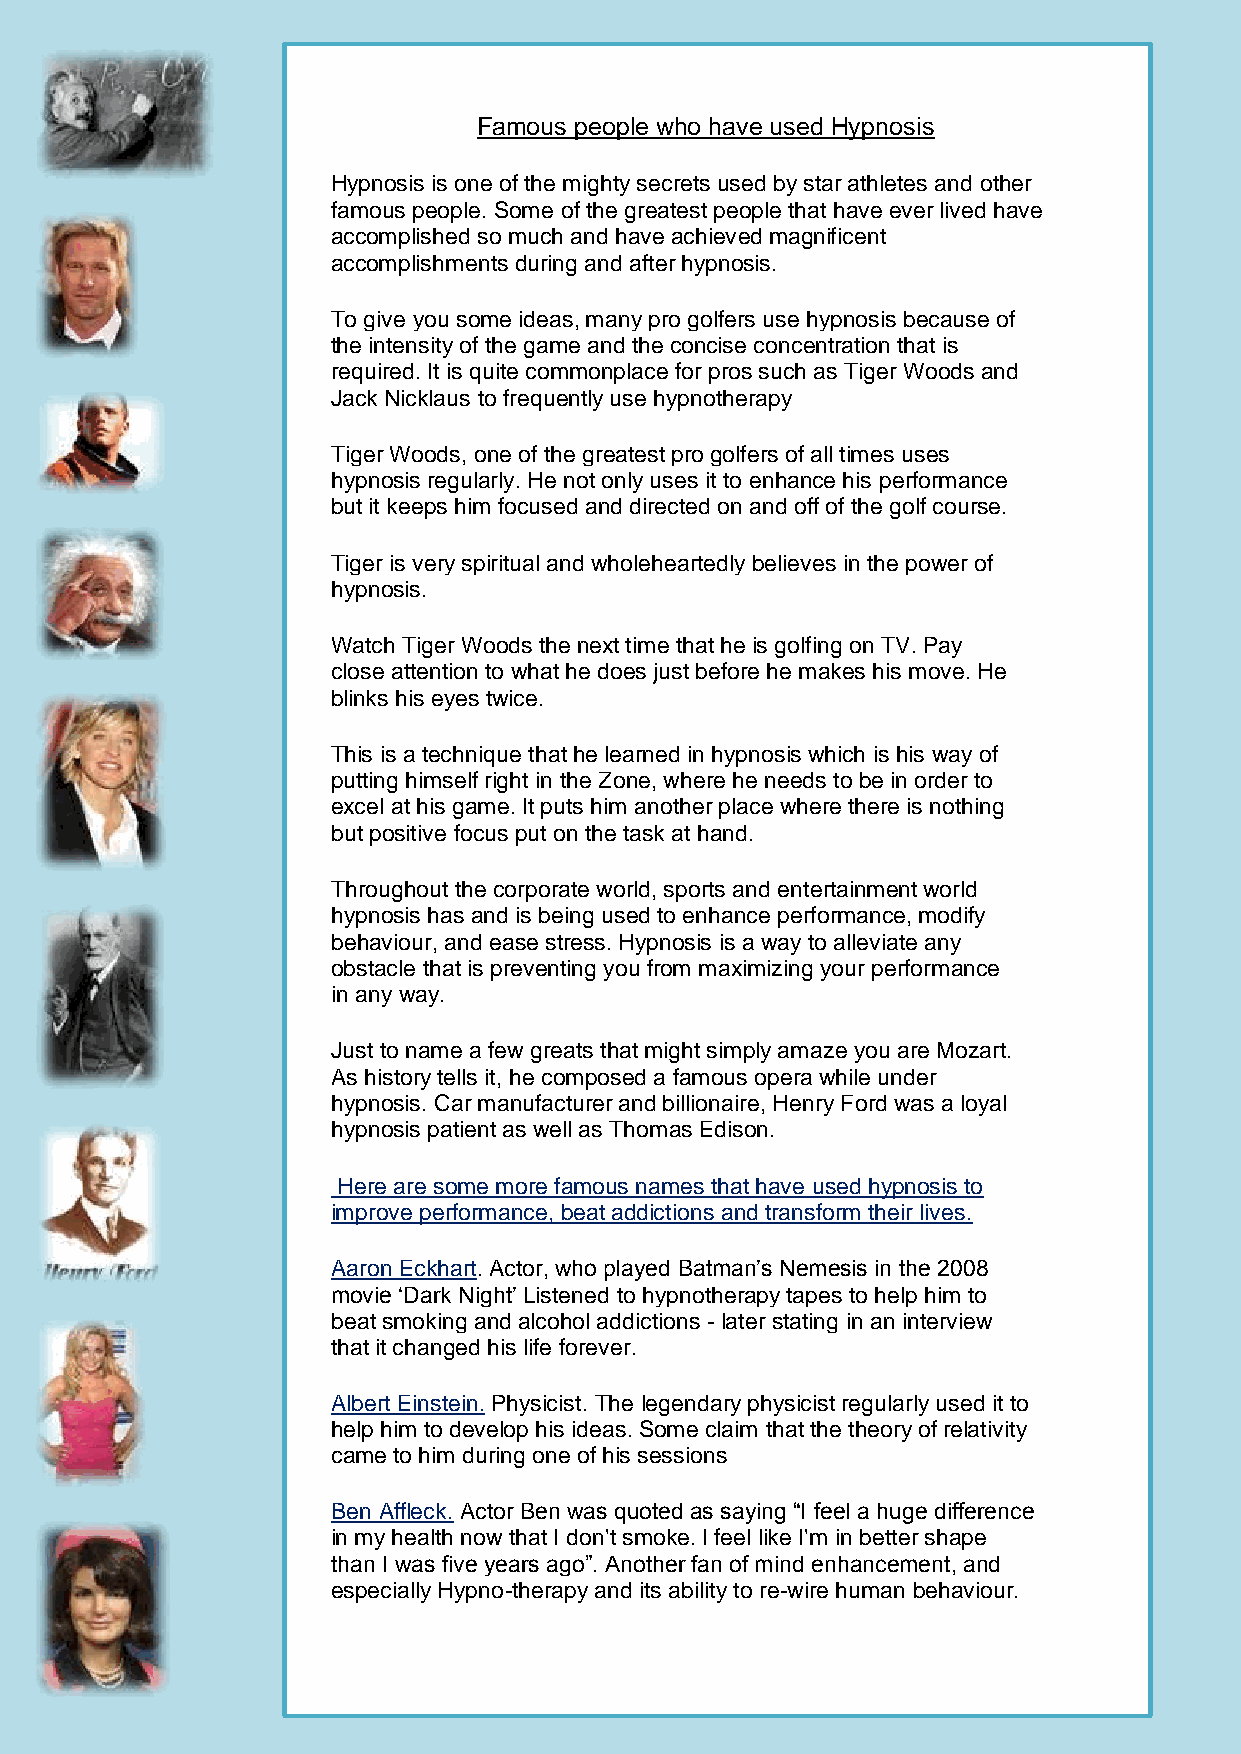
Famous people who have used Hypnosis
 Hypnosis is one of the mighty secrets used by star athletes and other
 famous people. Some of the greatest people that have ever lived have
 accomplished so much and have achieved magnificent
 accomplishments during and after hypnosis.
 To give you some ideas, many pro golfers use hypnosis because of
 the intensity of the game and the concise concentration that is
 required. It is quite commonplace for pros such as Tiger Woods and
 Jack Nicklaus to frequently use hypnotherapy
 Tiger Woods, one of the greatest pro golfers of all times uses
 hypnosis regularly. He not only uses it to enhance his performance
 but it keeps him focused and directed on and off of the golf course.
 Tiger is very spiritual and wholeheartedly believes in the power of
 hypnosis.
 Watch Tiger Woods the next time that he is golfing on TV. Pay
 close attention to what he does just before he makes his move. He
 blinks his eyes twice.
 This is a technique that he learned in hypnosis which is his way of
 putting himself right in the Zone, where he needs to be in order to
 excel at his game. It puts him another place where there is nothing
 but positive focus put on the task at hand.
 Throughout the corporate world, sports and entertainment world
 hypnosis has and is being used to enhance performance, modify
 behaviour, and ease stress. Hypnosis is a way to alleviate any
 obstacle that is preventing you from maximizing your performance
 in any way.
 Just to name a few greats that might simply amaze you are Mozart.
 As history tells it, he composed a famous opera while under
 hypnosis. Car manufacturer and billionaire, Henry Ford was a loyal
 hypnosis patient as well as Thomas Edison.
 Here are some more famous names that have used hypnosis to
 improve performance, beat addictions and transform their lives.
 Aaron Eckhart. Actor, who played Batman’s Nemesis in the 2008
 movie ‘Dark Night’ Listened to hypnotherapy tapes to help him to
 beat smoking and alcohol addictions - later stating in an interview
 that it changed his life forever.
 Albert Einstein. Physicist. The legendary physicist regularly used it to
 help him to develop his ideas. Some claim that the theory of relativity
 came to him during one of his sessions
 Ben Affleck. Actor Ben was quoted as saying “I feel a huge difference
 in my health now that I don't smoke. I feel like I'm in better shape
 than I was five years ago”. Another fan of mind enhancement, and
 especially Hypno-therapy and its ability to re-wire human behaviour.